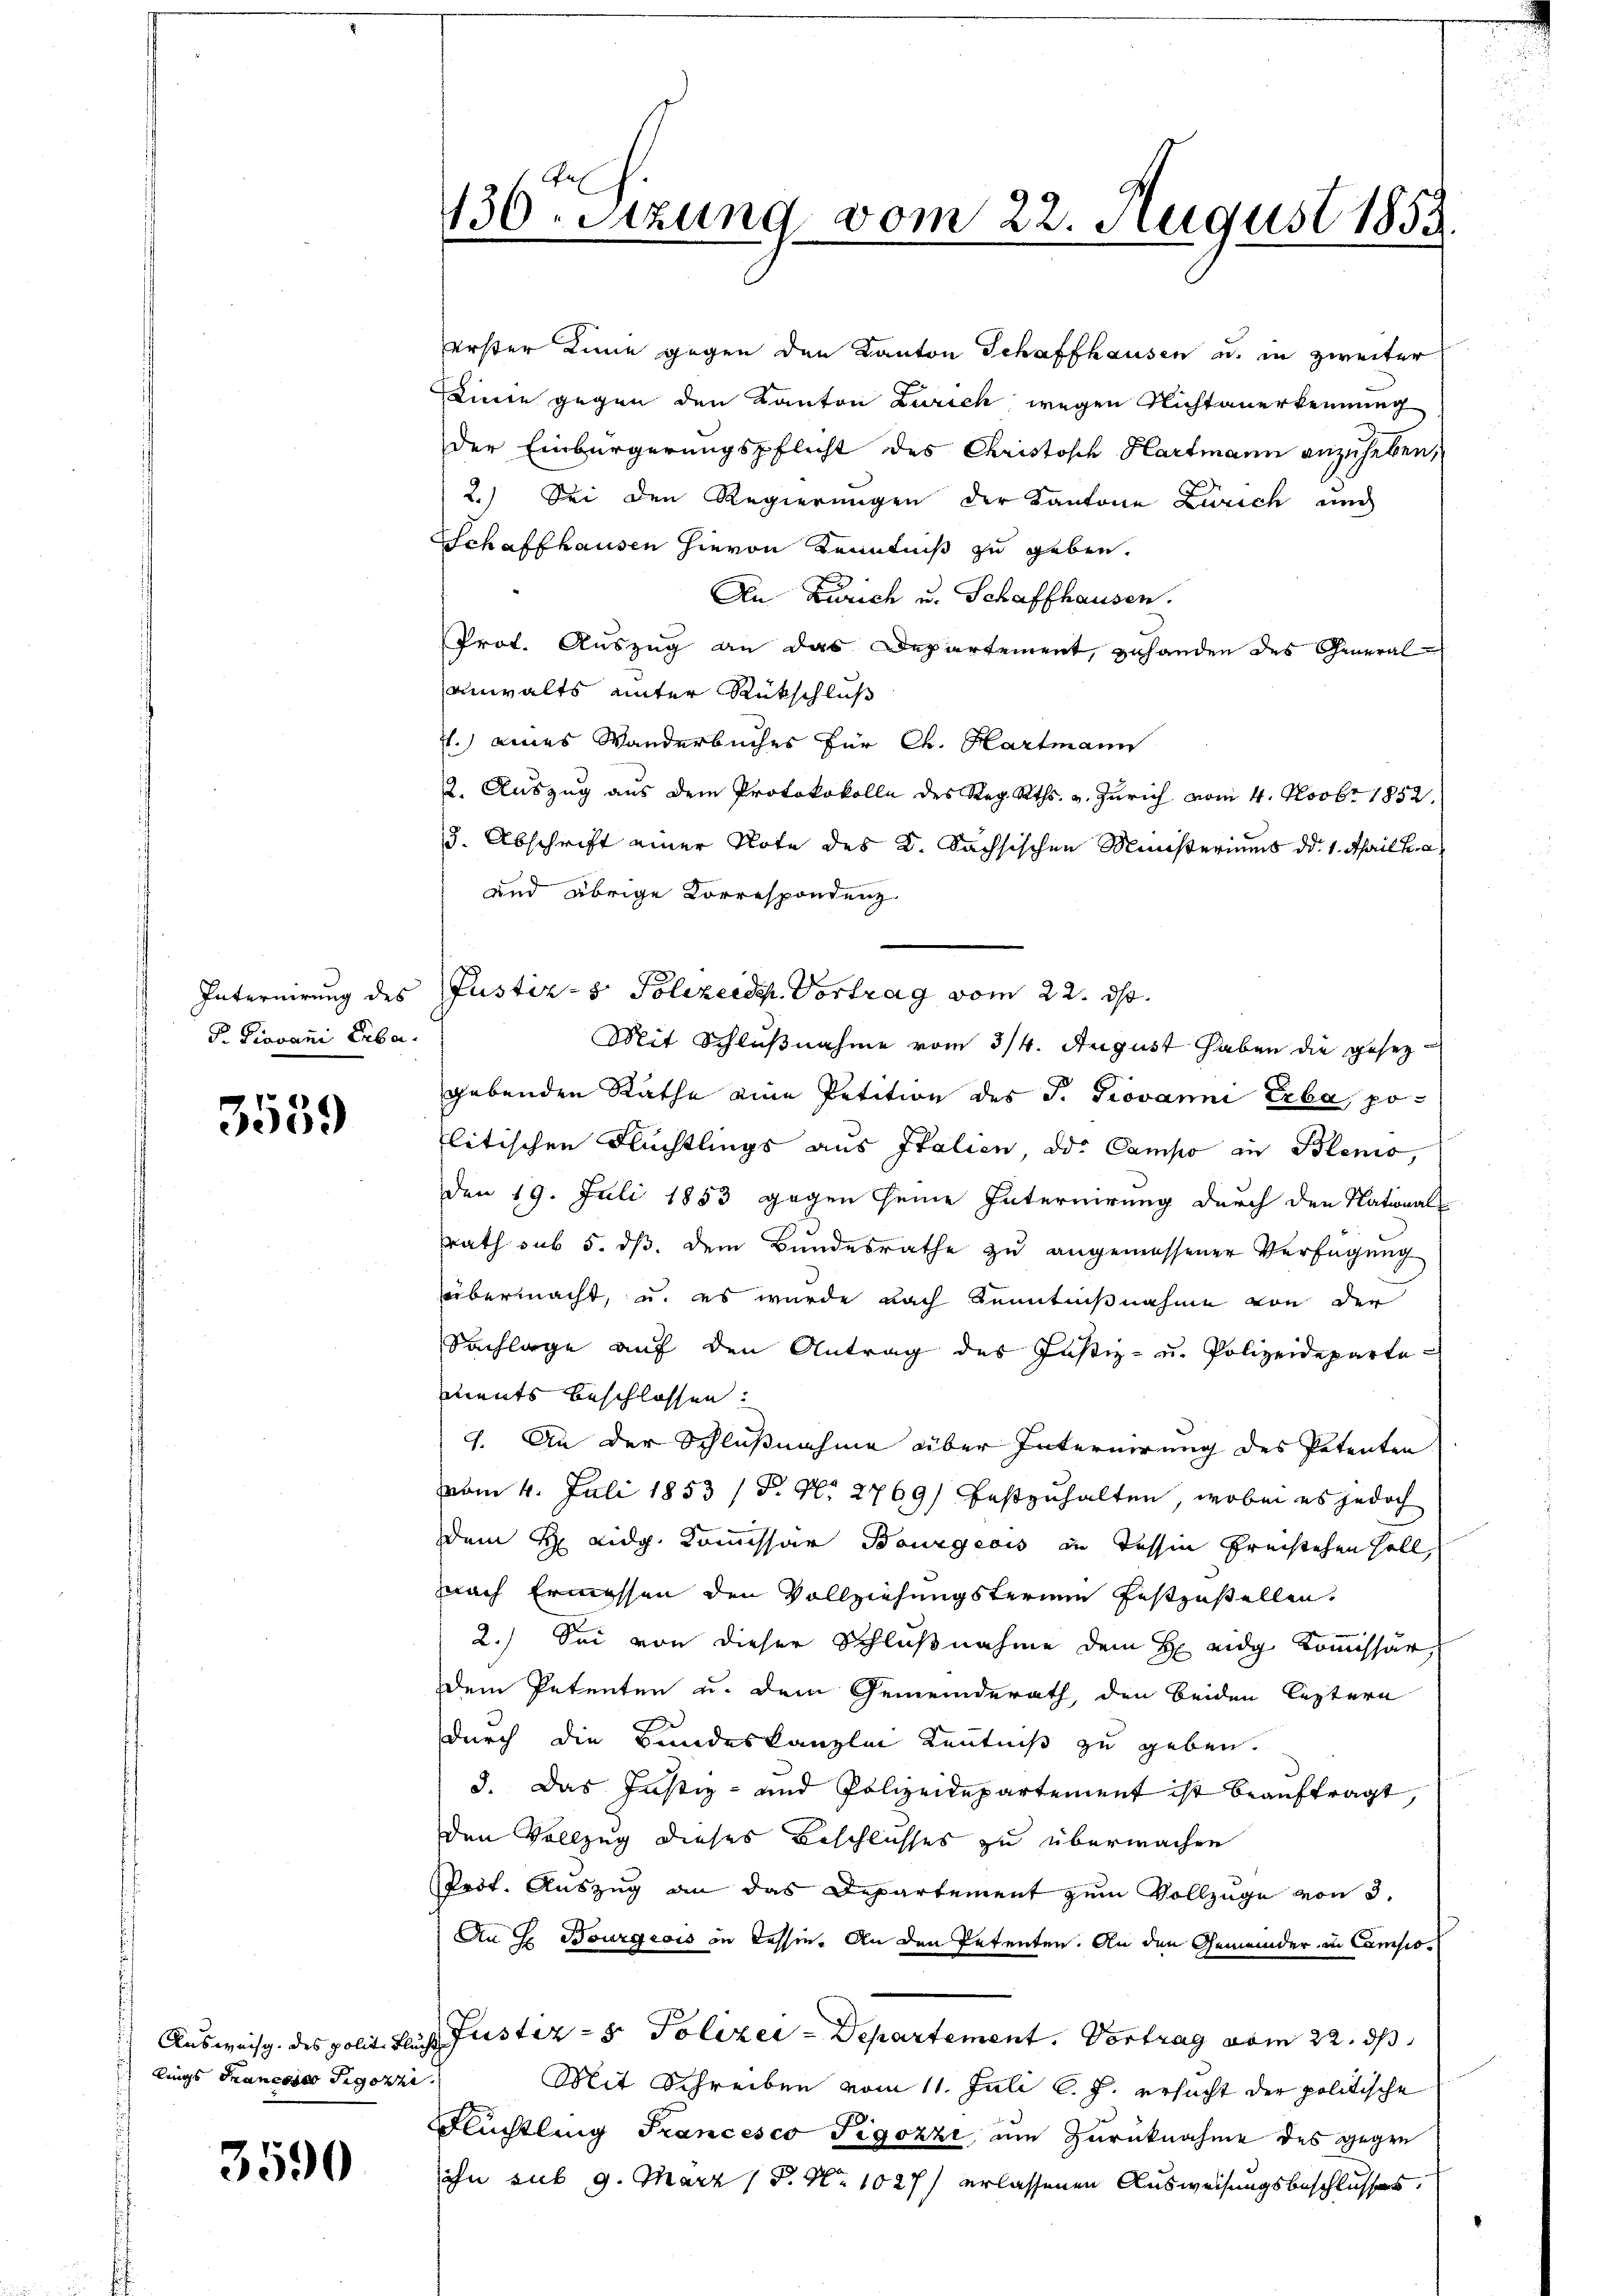
Internirung des
P. Giovani Erba

3559

lings Francore Sigothi

3590

130. Sitzung vom 22. August 1853

erster Linie gegen den Kanton Schaffhausen u. in zweiter
inie gegen den Kanton Zürich wegen Nichtanerkennung
der Einbürgerungspflicht des Christisch Hartmann anzuheben,
2.) Sei den Regierungen der Kantone Zürich und
Schaffhausen hievon Kenntniß zu geben.
An Zürich u. Schaffhausen.
Prot. Auszug an das Departement, zuhanden des General-
anwalts unter Rückschluß
7.) eines Wanderbuches für Ch. Hartmann
2. Auszug aus dem Protokokolle des Reg. Kts. v. Zürich vom 4. Novbr 1852.
3. Abschrift einer Note des K. Sachsischen Ministeriums d. 1. April h. a
und übrige Korrespondenz
Justiz- & Polizeide Vortrag vom 22. ds.
Mit Schlußnahme vom 3/4. August haben die gesezgebenden Rathe eine Petition des P. Giovanni Erbe, po-
litischen Flüchtlings aus Italien der Campo in Blenio,
Den 19. Juli 1853 gegen seine Internirung durch den National-
rath sub 5. ds. dem Bundesrathe zu angemessener Verfügung
übermacht, u. es wurde nach Kenntnißnahme von der
Sachlage aŭf den Antrag des Justiz- u. Polizeideparte
ments beschlossen:
7. An der Schlußnahme über Internirung des Petenten
vom 4. Juli 1853 / P. Nr. 2769) festzuhalten, wobei es jedoch
dem H: Lidg. Kommissär Bourgeois in Tessin freistehen soll,
nach Ermessen den Vollziehungsterien festzustellen.
2.) Sei von dieser Schlußnahme dem H eidg Kommissär,
em Petenten u. dem Gemeinderath, den beiden leztern
durch die Bundeskanzlei Kenntniß zu geben.
3. Das Justiz- und Polizeidepartement ist beauftragt,
den Vollzug dieses Beschlusses zu überwachen
Prot. Auszug an das Departement zum Vollzuge von 3.
An H. Bourgeois in Tessin. An den Petenten. An den Gemeinder in Camps¬
Ausweis des polit. Fluch Justiz- & Polizei - Departement. Vortrag vom 22. ds
Mit Schreiben vom 11. Juli l. J. ersucht der politische
Flüchtling Francesco Tigozzi, um Zurücknahme des gegen
ihn sub 9. März 18. No 1027 erlassenen Ausweisungsbeschlusses.